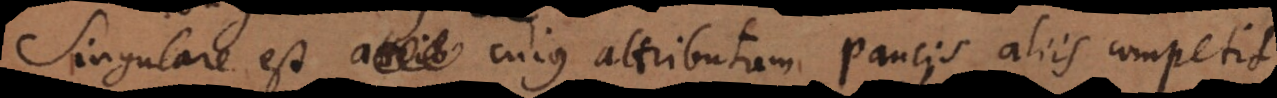
Singulare est cujus attributum paucis aliis competit.